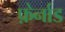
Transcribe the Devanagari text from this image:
फ़ेर्नाड